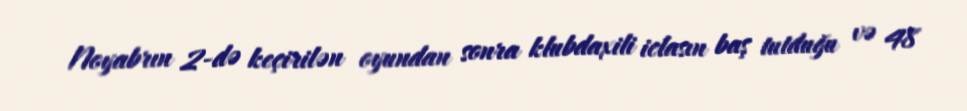
Noyabrın 2-də keçirilən oyundan sonra klubdaxili iclasın baş tutduğu və 48